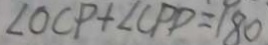
\angle O C P + \angle C P D = 1 8 0